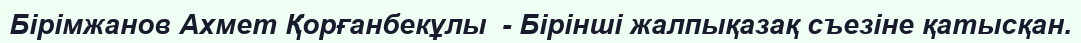
Бірімжанов Ахмет Қорғанбекұлы  - Бірінші жалпықазақ съезіне қатысқан.